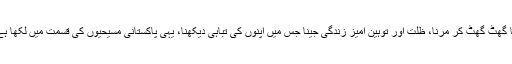
کیا گھُٹ گھُٹ کر مرنا، ظلت اور توہین آمیز زندگی جینا جس میں اپنوں کی تباہی دیکھنا، یہی پاکستانی مسیحیوں کی قسمت میں لکھا ہے؟